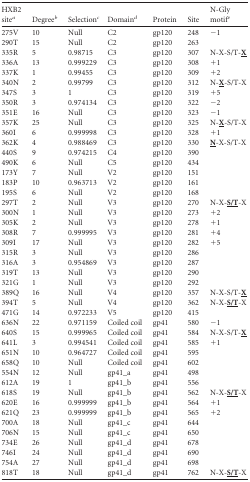
<table><thead><tr><td><b>HXB2 site<sup><i>a</i></sup></b></td><td><b>Degree<sup><i>b</i></sup></b></td><td><b>Selection<sup><i>c</i></sup></b></td><td><b>Domain<sup><i>d</i></sup></b></td><td><b>Protein</b></td><td><b>Site</b></td><td><b>N-Gly motif<sup><i>e</i></sup></b></td></tr></thead><tbody><tr><td>275V</td><td>10</td><td>Null</td><td>C2</td><td>gp120</td><td>248</td><td>−1</td></tr><tr><td>290T</td><td>15</td><td>Null</td><td>C2</td><td>gp120</td><td>263</td><td></td></tr><tr><td>335R</td><td>5</td><td>0.98715</td><td>C3</td><td>gp120</td><td>307</td><td>N-X-S/T-<underline><b>X</b></underline></td></tr><tr><td>336A</td><td>13</td><td>0.999229</td><td>C3</td><td>gp120</td><td>308</td><td>+1</td></tr><tr><td>337K</td><td>1</td><td>0.99455</td><td>C3</td><td>gp120</td><td>309</td><td>+2</td></tr><tr><td>340N</td><td>2</td><td>0.99799</td><td>C3</td><td>gp120</td><td>312</td><td>N-<underline><b>X</b></underline>-S/T-X</td></tr><tr><td>347S</td><td>3</td><td>1</td><td>C3</td><td>gp120</td><td>319</td><td>+5</td></tr><tr><td>350R</td><td>3</td><td>0.974134</td><td>C3</td><td>gp120</td><td>322</td><td>−2</td></tr><tr><td>351E</td><td>16</td><td>Null</td><td>C3</td><td>gp120</td><td>323</td><td>−1</td></tr><tr><td>357K</td><td>25</td><td>Null</td><td>C3</td><td>gp120</td><td>325</td><td>N-<underline><b>X</b></underline>-S/T-X</td></tr><tr><td>360I</td><td>6</td><td>0.999998</td><td>C3</td><td>gp120</td><td>328</td><td>+1</td></tr><tr><td>362K</td><td>4</td><td>0.988469</td><td>C3</td><td>gp120</td><td>330</td><td><underline><b>N</b></underline>-X-S/T-X</td></tr><tr><td>440S</td><td>9</td><td>0.974215</td><td>C4</td><td>gp120</td><td>390</td><td></td></tr><tr><td>490K</td><td>6</td><td>Null</td><td>C5</td><td>gp120</td><td>434</td><td></td></tr><tr><td>173Y</td><td>7</td><td>Null</td><td>V2</td><td>gp120</td><td>151</td><td></td></tr><tr><td>183P</td><td>10</td><td>0.963713</td><td>V2</td><td>gp120</td><td>161</td><td></td></tr><tr><td>195S</td><td>6</td><td>Null</td><td>V2</td><td>gp120</td><td>168</td><td></td></tr><tr><td>297T</td><td>2</td><td>Null</td><td>V3</td><td>gp120</td><td>270</td><td>N-X-<underline><b>S/T</b></underline>-X</td></tr><tr><td>300N</td><td>1</td><td>Null</td><td>V3</td><td>gp120</td><td>273</td><td>+2</td></tr><tr><td>305K</td><td>2</td><td>Null</td><td>V3</td><td>gp120</td><td>278</td><td>+1</td></tr><tr><td>308R</td><td>7</td><td>0.999995</td><td>V3</td><td>gp120</td><td>281</td><td>+4</td></tr><tr><td>309I</td><td>17</td><td>Null</td><td>V3</td><td>gp120</td><td>282</td><td>+5</td></tr><tr><td>315R</td><td>3</td><td>Null</td><td>V3</td><td>gp120</td><td>286</td><td></td></tr><tr><td>316A</td><td>3</td><td>0.954869</td><td>V3</td><td>gp120</td><td>287</td><td></td></tr><tr><td>319T</td><td>13</td><td>Null</td><td>V3</td><td>gp120</td><td>290</td><td></td></tr><tr><td>321G</td><td>1</td><td>Null</td><td>V3</td><td>gp120</td><td>292</td><td></td></tr><tr><td>389Q</td><td>16</td><td>Null</td><td>V4</td><td>gp120</td><td>357</td><td>N-X-S/T-<underline><b>X</b></underline></td></tr><tr><td>394T</td><td>5</td><td>Null</td><td>V4</td><td>gp120</td><td>362</td><td>N-X-<underline><b>S/T</b></underline>-X</td></tr><tr><td>471G</td><td>14</td><td>0.972233</td><td>V5</td><td>gp120</td><td>415</td><td></td></tr><tr><td>636N</td><td>22</td><td>0.971159</td><td>Coiled coil</td><td>gp41</td><td>580</td><td>−1</td></tr><tr><td>640S</td><td>15</td><td>0.999965</td><td>Coiled coil</td><td>gp41</td><td>584</td><td>N-X-S/T-<underline><b>X</b></underline></td></tr><tr><td>641L</td><td>3</td><td>0.994541</td><td>Coiled coil</td><td>gp41</td><td>585</td><td>+1</td></tr><tr><td>651N</td><td>10</td><td>0.964727</td><td>Coiled coil</td><td>gp41</td><td>595</td><td></td></tr><tr><td>658Q</td><td>10</td><td>Null</td><td>Coiled coil</td><td>gp41</td><td>602</td><td></td></tr><tr><td>554N</td><td>12</td><td>Null</td><td>gp41_a</td><td>gp41</td><td>498</td><td></td></tr><tr><td>612A</td><td>19</td><td>1</td><td>gp41_b</td><td>gp41</td><td>556</td><td></td></tr><tr><td>618S</td><td>19</td><td>Null</td><td>gp41_b</td><td>gp41</td><td>562</td><td>N-X-<underline><b>S/T</b></underline>-X</td></tr><tr><td>620E</td><td>16</td><td>0.999999</td><td>gp41_b</td><td>gp41</td><td>564</td><td>+1</td></tr><tr><td>621Q</td><td>23</td><td>0.999999</td><td>gp41_b</td><td>gp41</td><td>565</td><td>+2</td></tr><tr><td>700A</td><td>18</td><td>Null</td><td>gp41_c</td><td>gp41</td><td>644</td><td></td></tr><tr><td>706N</td><td>15</td><td>Null</td><td>gp41_c</td><td>gp41</td><td>650</td><td></td></tr><tr><td>734E</td><td>26</td><td>Null</td><td>gp41_d</td><td>gp41</td><td>678</td><td></td></tr><tr><td>746I</td><td>24</td><td>Null</td><td>gp41_d</td><td>gp41</td><td>690</td><td></td></tr><tr><td>754A</td><td>27</td><td>Null</td><td>gp41_d</td><td>gp41</td><td>698</td><td></td></tr><tr><td>818T</td><td>18</td><td>Null</td><td>gp41_d</td><td>gp41</td><td>762</td><td>N-X-<underline><b>S/T</b></underline>-X</td></tr></tbody></table>